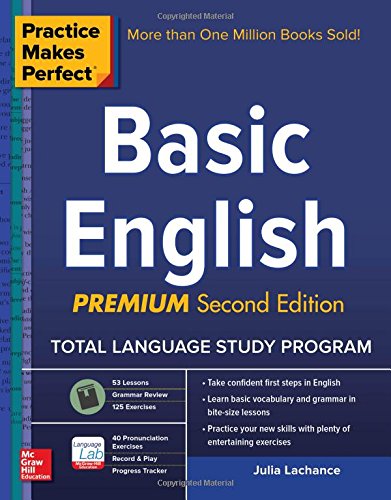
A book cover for Practice Makes Perfect Basic English, Second Edition: (Beginner) 250 Exercises + Flashcard App + 90-minute Audio (Practice Makes Perfect Series); Julie Lachance; Computers & Technology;